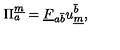
\Pi _ { a } ^ { \underline { { m } } } = \underline { { F } } _ { { a } { \bar { b } } } u _ { \underline { { m } } } ^ { \bar { b } } ,